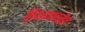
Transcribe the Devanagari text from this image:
ठिकाणावरील